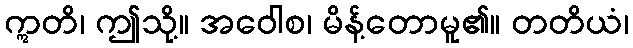
ဣတိ၊ ဤသို့။ အဝေါစ၊ မိန့်တောမူ၏။ တတိယံ၊